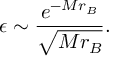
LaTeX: \epsilon \sim \frac { e ^ { - M r _ { B } } } { \sqrt { M r _ { B } } } .